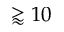
\gtrapprox 1 0